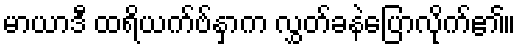
မာယာဒီ ထရိယက်ဗ်နှာက လွှတ်ခနဲပြောလိုက်၏။